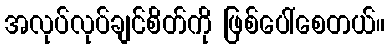
အလုပ်လုပ်ချင်စိတ်ကို ဖြစ်ပေါ်စေတယ်။